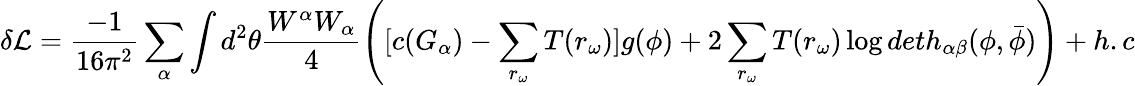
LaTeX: \delta{\cal L}=\frac{-1}{16{\pi}^{2}}\sum_{\alpha}\int d^{2}\theta\frac{W^{\alpha}W_{\alpha}}{4}\left([c(G_{\alpha})-\sum_{r_{\omega}}T(r_{\omega})]g(\phi)+2\sum_{r_{\omega}}T(r_{\omega})\log deth_{\alpha\beta}(\phi,{\bar{\phi}})\right)+h.c